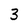
Character: 3